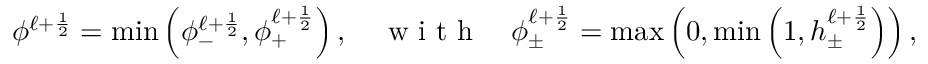
\phi ^ { \ell + \frac { 1 } { 2 } } = \operatorname* { m i n } \left( \phi _ { - } ^ { \ell + \frac { 1 } { 2 } } , \phi _ { + } ^ { \ell + \frac { 1 } { 2 } } \right) , \quad \textnormal { w i t h } \quad \phi _ { \pm } ^ { \ell + \frac { 1 } { 2 } } = \operatorname* { m a x } \left( 0 , \operatorname* { m i n } \left( 1 , h _ { \pm } ^ { \ell + \frac { 1 } { 2 } } \right) \right) ,